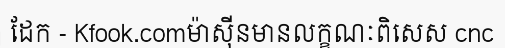
ដែក - Kfook.comម៉ាស៊ីនមានលក្ខណៈពិសេស cnc